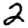
Digit: 2